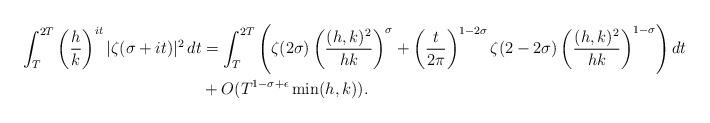
LaTeX: \begin{align*}\int_T^{2T}\left(\frac{h}{k}\right)^{it}|\zeta(\sigma+it)|^2\,dt&=\int_T^{2T}\left(\zeta(2\sigma)\left(\frac{(h,k)^2}{hk}\right)^\sigma+\left(\frac{t}{2\pi}\right)^{1-2\sigma}\zeta(2-2\sigma)\left(\frac{(h,k)^2}{hk}\right)^{1-\sigma}\right)dt\\&+O(T^{1-\sigma+\epsilon}\min(h,k)).\end{align*}